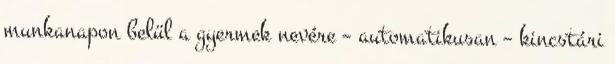
munkanapon belül a gyermek nevére – automatikusan – kincstári